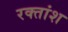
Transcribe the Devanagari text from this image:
रक्‍तांश